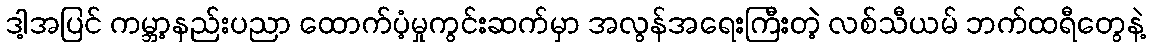
ဒါ့အပြင် ကမ္ဘာ့နည်းပညာ ထောက်ပံ့မှုကွင်းဆက်မှာ အလွန်အရေးကြီးတဲ့ လစ်သီယမ် ဘက်ထရီတွေနဲ့